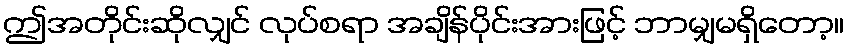
ဤအတိုင်းဆိုလျှင် လုပ်စရာ အချိန်ပိုင်းအားဖြင့် ဘာမျှမရှိတော့။